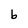
Character: b